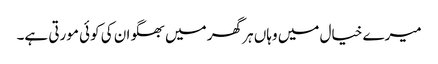
میرے خیال میں وہاں ہر گھر میں بھگوان کی کوئی مورتی ہے۔